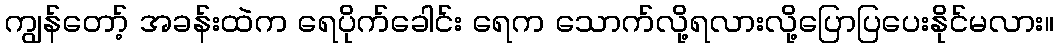
ကျွန်တော့် အခန်းထဲက ရေပိုက်ခေါင်း ရေက သောက်လို့ရလားလို့ပြောပြပေးနိုင်မလား။